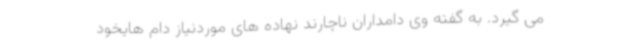
می گیرد. به گفته وی دامداران ناچارند نهاده های موردنیاز دام هایخود